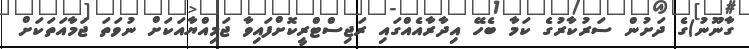
ގާނޫނު)ގެ ދަށުން ސަރުކާރުގެ ކަމާ ބެހޭ އިދާރާއެއްގައި ރަޖިސްޓްރީކޮށްފައިވާ ޖަމިއްޔާއަކަށް ނުވަތަ ޖަމާއަތަކަށް